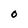
Character: O